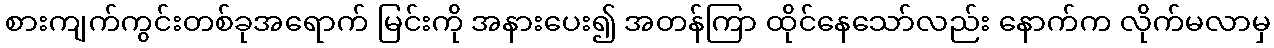
စားကျက်ကွင်းတစ်ခုအရောက် မြင်းကို အနားပေး၍ အတန်ကြာ ထိုင်နေသော်လည်း နောက်က လိုက်မလာမှ